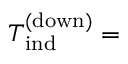
T _ { \mathrm { i n d } } ^ { \mathrm { ( d o w n ) } } =